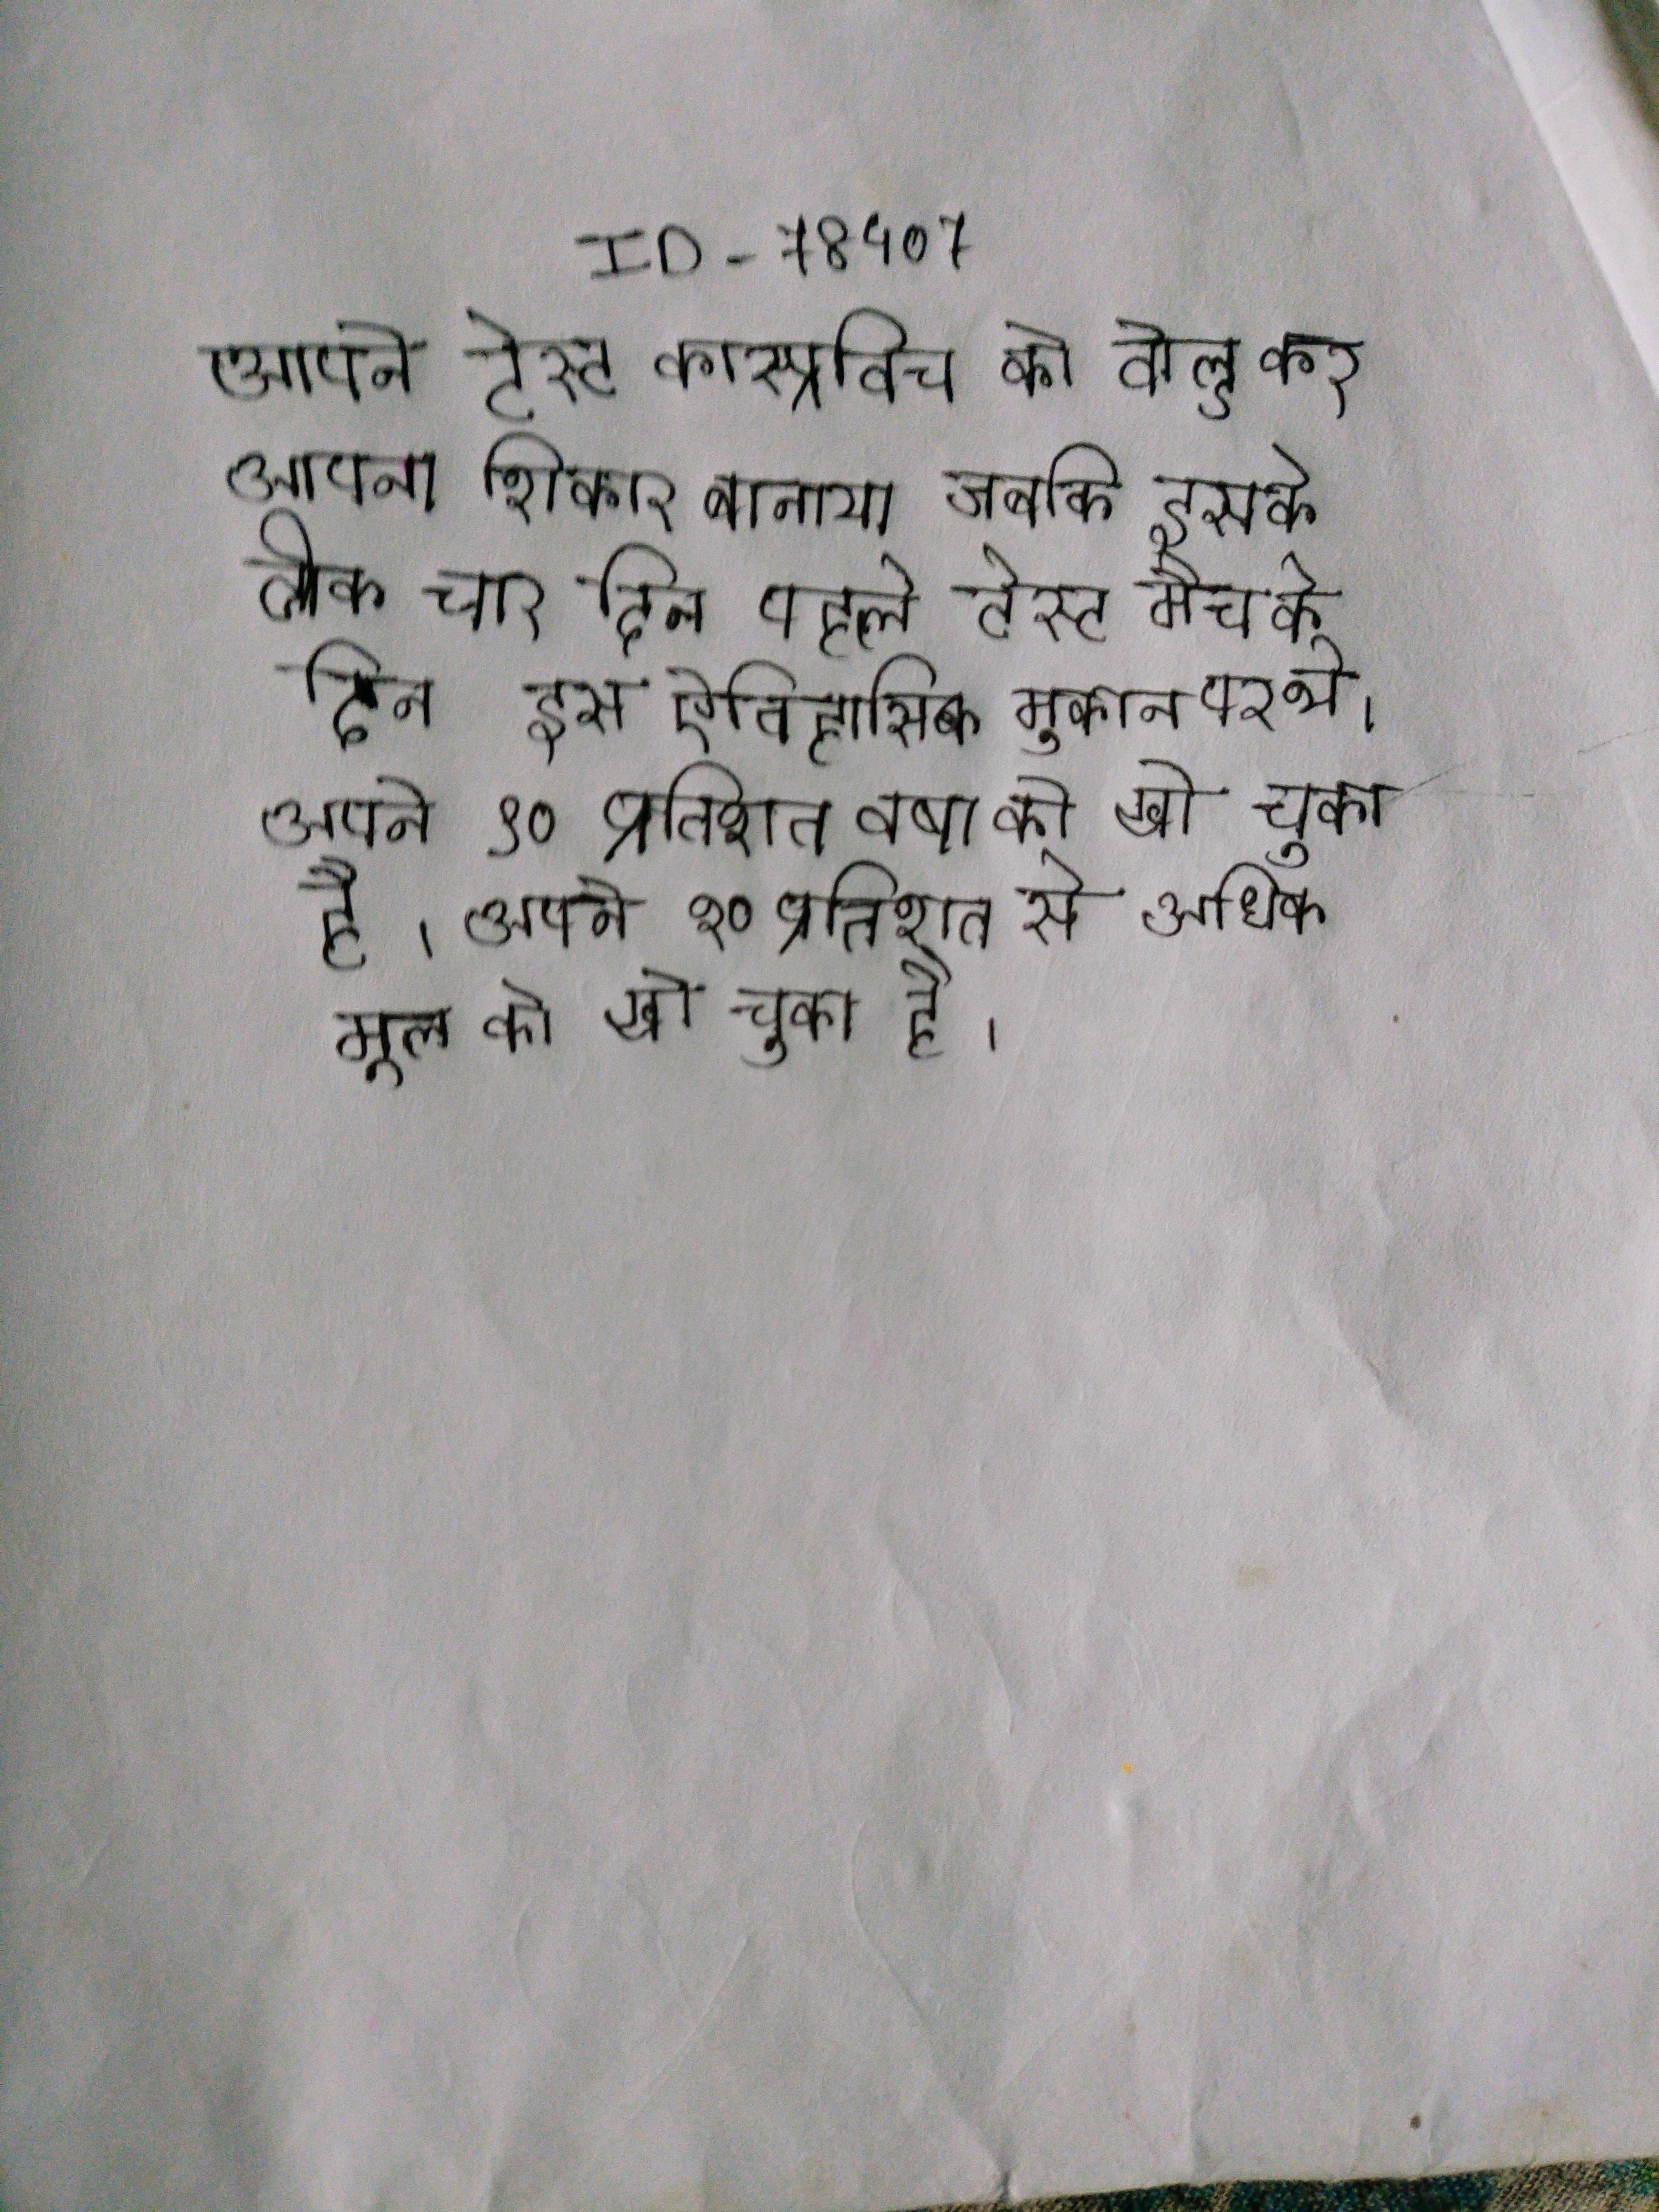
अपने टेस्ट कास्प्रोविच को बोल्ड कर अपना शिकार बनाया जबकि इसके ठीक चार दिन पहले वार्न गाले के बीच पहले टेस्ट मैच के दिन इस ऐतिहासिक मुकाम पर थे । अपने ९० प्रतिशत वर्षा को खो चुका है । अपने ९० प्रतिशत से अधिक मूल को खो चुका है ।